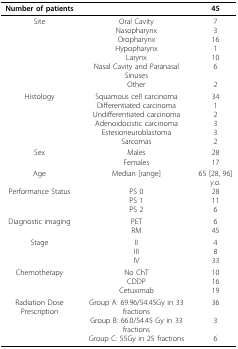
| Number of patients |  | 45 |
 | --- | --- | --- |
 | Site | Oral CavityNasopharynxOropharynxHypopharynxLarynxNasal Cavity and Paranasal SinusesOther | 731611062 |
 | Histology | Squamous cell carcinomaDifferentiated carcinomaUndifferentiated carcinomaAdenoidocistic carcinomaEstesioneuroblastomaSarcomas | 3412332 |
 | Sex | MalesFemales | 2817 |
 | AgePerformance Status | Median [range]PS 0PS 1PS 2 | 65 [28, 96] y.o.28116 |
 | Diagnostic imaging | PETRM | 645 |
 | Stage | IIIIIIV | 4833 |
 | Chemotherapy | No ChTCDDPCetuximab | 101619 |
 | Radiation Dose Prescription | Group A: 69.96/54.45Gy in 33 fractionsGroup B: 66.0/54.45 Gy in 33 fractionsGroup C: 55Gy in 25 fractions | 3636 |